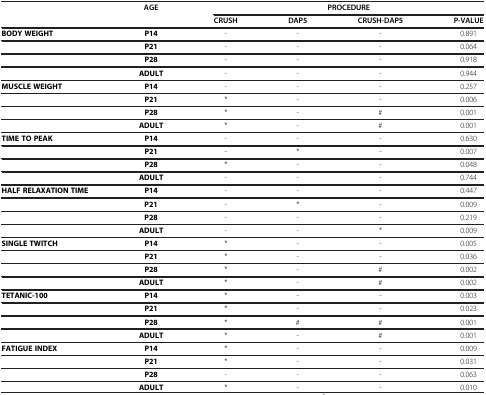
|  | AGE | <COLSPAN=4> PROCEDURE |
 |  |  | CRUSH | DAP5 | CRUSH-DAP5 | P-VALUE |
 | --- | --- | --- | --- | --- | --- |
 | BODY WEIGHT | P14 | - | - | - | 0.891 |
 |  | P21 | - | - | - | 0.064 |
 |  | P28 | - | - | - | 0.918 |
 |  | ADULT | - | - | - | 0.944 |
 | MUSCLE WEIGHT | P14 | - | - | - | 0.257 |
 |  | P21 | * | - | - | 0.006 |
 |  | P28 | * | - | # | 0.001 |
 |  | ADULT | * | - | # | 0.001 |
 | TIME TO PEAK | P14 | - | - | - | 0.630 |
 |  | P21 | - | * | - | 0.007 |
 |  | P28 | * | - | - | 0.048 |
 |  | ADULT | - | - | - | 0.744 |
 | HALF RELAXATION TIME | P14 | - | - | - | 0.447 |
 |  | P21 | - | * | - | 0.009 |
 |  | P28 | - | - | - | 0.219 |
 |  | ADULT | - | - | * | 0.009 |
 | SINGLE TWITCH | P14 | * | - | - | 0.005 |
 |  | P21 | * | - | - | 0.036 |
 |  | P28 | * | - | # | 0.002 |
 |  | ADULT | * | - | # | 0.002 |
 | TETANIC-100 | P14 | * | - | - | 0.003 |
 |  | P21 | * | - | - | 0.023 |
 |  | P28 | * | # | # | 0.001 |
 |  | ADULT | * | - | # | 0.001 |
 | FATIGUE INDEX | P14 | * | - | - | 0.009 |
 |  | P21 | * | - | - | 0.031 |
 |  | P28 | - | - | - | 0.063 |
 |  | ADULT | * | - | - | 0.010 |